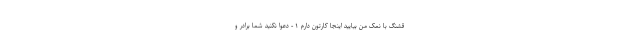
قشنگ با نمک من بیایید اینجا کارتون دارم ۱ - دعوا نکنید شما برادر و